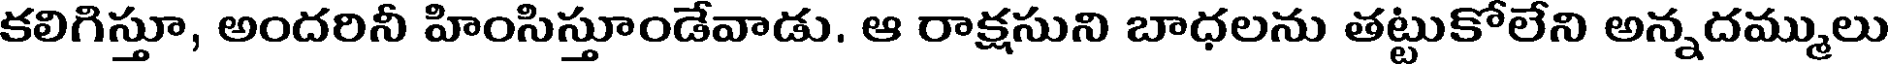
కలిగిస్తూ, అందరినీ హింసిస్తూండేవాడు. ఆ రాక్షసుని బాధలను తట్టుకోలేని అన్నదమ్ములు